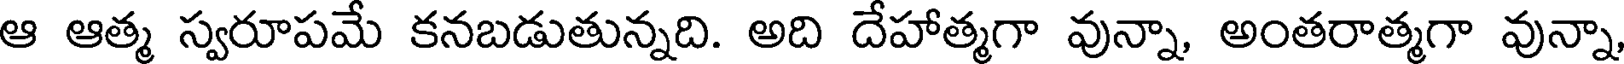
ఆ ఆత్మ స్వరూపమే కనబడుతున్నది. అది దేహాత్మగా వున్నా, అంతరాత్మగా వున్నా